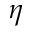
\eta